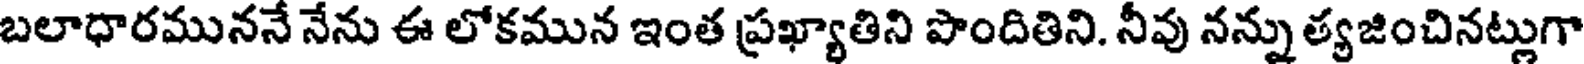
బలాధారముననే నేను ఈ లోకమున ఇంత ప్రఖ్యాతిని పొందితిని. నీవు నన్ను త్యజించినట్లుగా